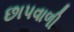
છાપવાળી